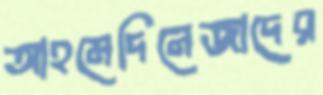
আহমেদিনেজাদের